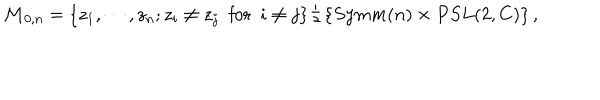
{ \cal M } _ { 0 , n } = \left\{ z _ { 1 } , \cdots , z _ { n } ; z _ { i } \neq z _ { j } \, \, \, \mathrm { f o r } \, \, \, i \neq j \right\} / \left\{ S y m m ( n ) \times P S L ( 2 , C ) \right\} ,